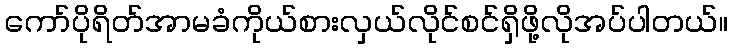
ကော်ပိုရိတ်အာမခံကိုယ်စားလှယ်လိုင်စင်ရှိဖို့လိုအပ်ပါတယ်။